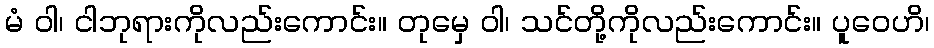
မံ ဝါ၊ ငါဘုရားကိုလည်းကောင်း။ တုမှေ ဝါ၊ သင်တို့ကိုလည်းကောင်း။ ပူဝေဟိ၊